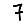
Digit: 7